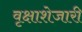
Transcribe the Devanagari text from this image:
वृक्षाशेजारी